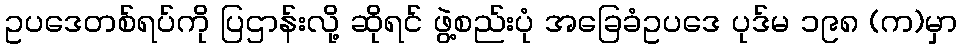
ဥပဒေတစ်ရပ်ကို ပြဌာန်းလို့ ဆိုရင် ဖွဲ့စည်းပုံ အခြေခံဥပဒေ ပုဒ်မ ၁၉၈ (က)မှာ